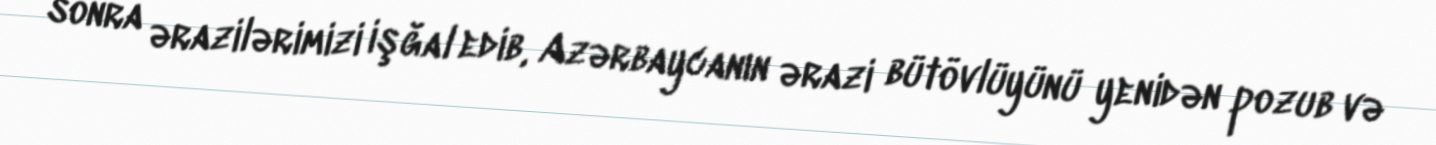
sonra ərazilərimizi işğal edib, Azərbaycanın ərazi bütövlüyünü yenidən pozub və